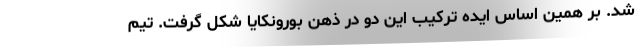
شد. بر همین اساس ایده ترکیب این دو در ذهن بورونکایا شکل گرفت. تیم